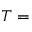
T =